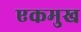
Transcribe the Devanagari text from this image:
एकमुख